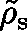
\tilde { \mathbf { \rho } } _ { \mathrm { s } }